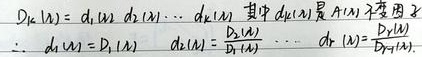
$D_{k}(\lambda)=d_1(\lambda)d_2(\lambda)\cdots d_k(\lambda)$，其中 $d_i(\lambda)$ 是 $A(\lambda)$ 的不变因子。
$\therefore\ d_1(\lambda)=D_1(\lambda),\ d_2(\lambda)=\frac{D_2(\lambda)}{D_1(\lambda)},\cdots,d_r(\lambda)=\frac{D_r(\lambda)}{D_{r - 1}(\lambda)}$ 。